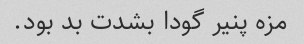
مزه پنیر گودا بشدت بد بود.